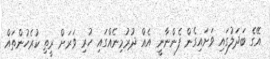
އޭގެ ބަދަލުގައި ވަށައިގެން ފެންނާނީ އެއް ދުރުމިނެއްގައި ހުރި ވަރަށް ރީތި ކުރެހުންތައް